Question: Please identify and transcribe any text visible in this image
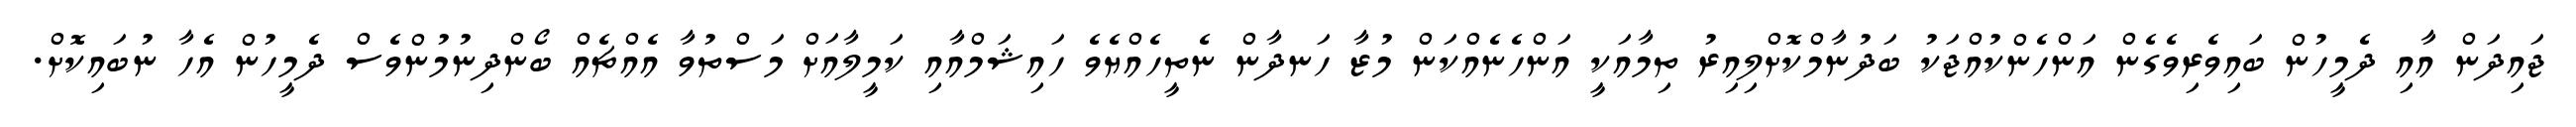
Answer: ޖައިދަން އާއި ދެމީހުން ބައިވެރިވެގެން އަންހެންކުއްޖަކު ބަދުނާމްކޮށްލިއިރު ތިމާއަކީ އަންހެނެއްކަން މުޒާ ހަނދާން ނެތީހެއްޔެވެ ހައިޝަމްއާއި ކަމީލާއަށް މަސްތުވާ އެއްޗެއް ބޯންދިނުމުންވެސް ދެމީހުން އެހާ ނުބައިކޮށް.